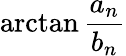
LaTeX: \arctan{\frac{a_{n}}{b_{n}}}